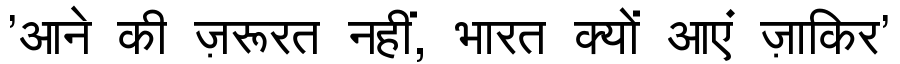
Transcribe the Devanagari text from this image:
'आने की ज़रूरत नहीं, भारत क्यों आएं ज़ाकिर'